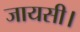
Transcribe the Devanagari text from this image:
जायसी।